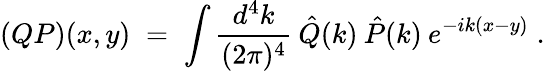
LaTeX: (QP)(x,y)\; =\; \int\frac{d^{4}k}{(2\pi)^{4}}\: \hat{Q}(k)\: \hat{P}(k)\: e^{-ik(x-y)}\; .